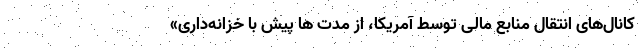
کانال‌های انتقال منابع مالی توسط آمریکا، از مدت ها پیش با خزانه‌داری»